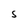
Character: s